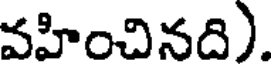
వహించినది).